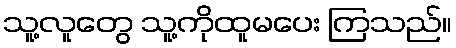
သူ့လူတွေ သူ့ကိုထူမပေး ကြသည်။